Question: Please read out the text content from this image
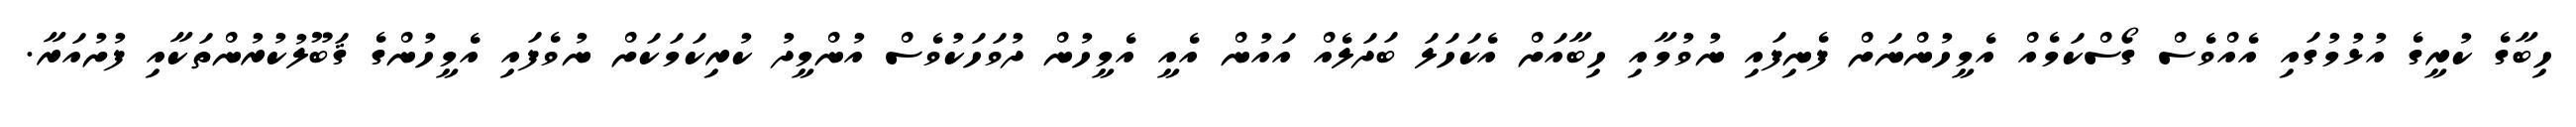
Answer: ހިބާގެ ކުރީގެ އުޅުމުގައި އެއްވެސް ގޯސްކަމެއް އެމީހުންނަށް ފެނިފައި ނުވުމާއި ހިބާއަށް އެކަހަލަ ބަދަލެއް އައުން އެއީ އެމީހުން ދުވަހަކުވެސް އުންމީދު ކުރިކަމަކަށް ނުވެފައި އެމީހުންގެ ޤަބޫލުކުރުންތަކާއި ފުށުއަރާ.